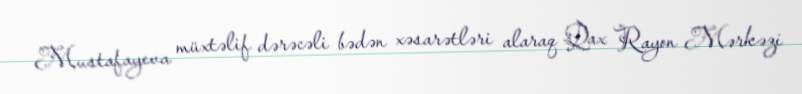
Mustafayeva müxtəlif dərəcəli bədən xəsarətləri alaraq Qax Rayon Mərkəzi